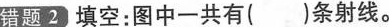
错题2 填空：图中一共有()条射线。